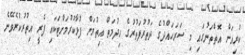
ކުރިއަށް އޮތްތަނުގައި މި ސަރަހައްދުގެ ދަތުރުފަތުރުގެ ހިދުމަތް އިތުރަށް ފުޅާކުރުމަށްޓަކައި ފެރީ އިތުރުކުރެވޭނެ